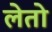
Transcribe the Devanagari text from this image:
लेतो